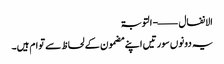
الانفال ——- التوبۃ
یہ دونوں سورتیں اپنے مضمون کے لحاظ سے توام ہیں۔